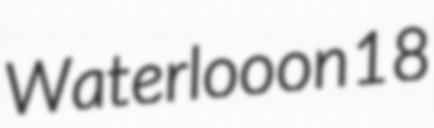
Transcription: Waterloo on 18